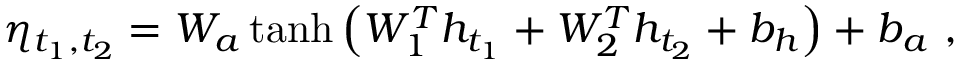
\eta _ { t _ { 1 } , t _ { 2 } } = W _ { a } \operatorname { t a n h } { \left( W _ { 1 } ^ { T } h _ { t _ { 1 } } + W _ { 2 } ^ { T } h _ { t _ { 2 } } + b _ { h } \right) } + b _ { a } \ ,